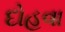
દોહવા